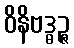
ဝိနိဗဒ္ဓဉ္ဇ